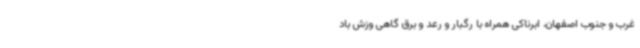
غرب و جنوب اصفهان، ابرناکی همراه با رگبار و رعد و برق گاهی وزش باد